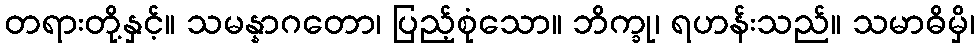
တရားတို့နှင့်။ သမန္နာဂတော၊ ပြည့်စုံသော။ ဘိက္ခု၊ ရဟန်းသည်။ သမာဓိမှိ၊